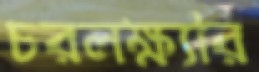
চরলক্ষ্যার